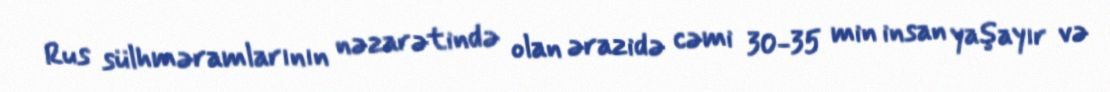
Rus sülhməramlarının nəzarətində olan ərazidə cəmi 30-35 min insan yaşayır və